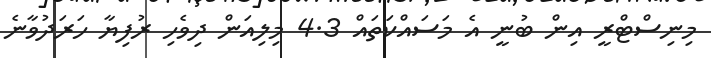
މިނިސްޓްރީ އިން ބުނީ އެ މަސައްކަތައް 4.3 މިލިއަން ދިވެހި ރުފިޔާ ހަރަދުވާނެ